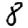
Digit: 8